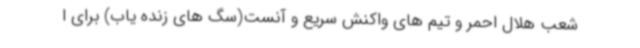
شعب هلال احمر و تیم های واکنش سریع و آنست(سگ های زنده یاب) برای ا